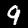
Label: 9